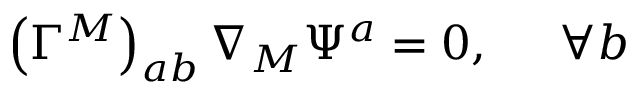
\left( \Gamma ^ { M } \right) _ { a b } \nabla _ { M } \Psi ^ { a } = 0 , \; \; \; \; \; \forall b